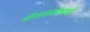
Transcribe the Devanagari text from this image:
बीजांडकोषांची